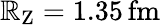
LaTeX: \mathbb{R}_{\mathrm{{Z}}}=1.35\, \mathrm{{fm}}